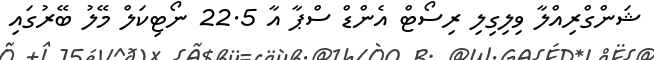
ޝަންގްރިއްލާ ވިލިގިލި ރިސޯޓް އެންޑް ސްޕާ އާ 22.5 ނޯޓިކަލް މޭލު ބޭރުގައި